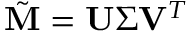
\tilde { \mathbf { M } } = \mathbf { U } \boldsymbol { \Sigma } \mathbf { V } ^ { T }